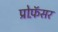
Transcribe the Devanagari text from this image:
प्रोफ़ॅसर